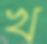
খ